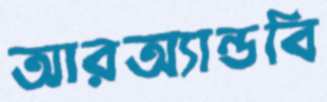
আরঅ্যান্ডবি